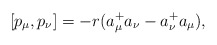
\begin{align*}[p_\mu,p_\nu]=-r(a_\mu^+ a_\nu - a_{\nu}^+ a_{\mu}),\end{align*}